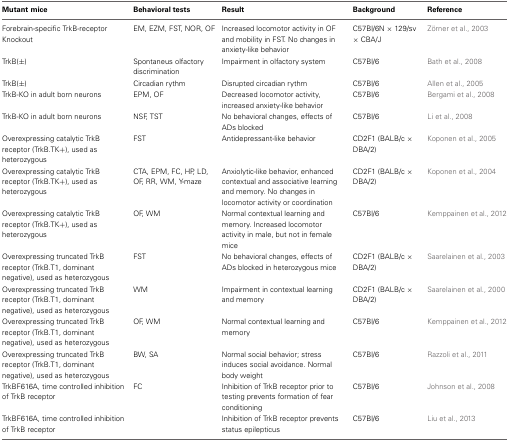
<table><thead><tr><td><b>Mutant mice</b></td><td><b>Behavioral tests</b></td><td><b>Result</b></td><td><b>Background</b></td><td><b>Reference</b></td></tr></thead><tbody><tr><td>Forebrain-specific TrkB-receptor Knockout</td><td>EM, EZM, FST, NOR, OF</td><td>Increased locomotor activity in OF and mobility in FST. No changes in anxiety-like behavior</td><td>C57Bl/6N × 129/sv × CBA/J</td><td>Zörner et al., 2003</td></tr><tr><td>TrkB(±)</td><td>Spontaneus olfactory discrimination</td><td>Impairment in olfactory system</td><td>C57Bl/6</td><td>Bath et al., 2008</td></tr><tr><td>TrkB(±)</td><td>Circadian rythm</td><td>Disrupted circadian rythm</td><td>C57Bl/6</td><td>Allen et al., 2005</td></tr><tr><td>TrkB-KO in adult born neurons</td><td>EPM, OF</td><td>Decreased locomotor activity, increased anxiety-like behavior</td><td>C57Bl/6</td><td>Bergami et al., 2008</td></tr><tr><td>TrkB-KO in adult born neurons</td><td>NSF, TST</td><td>No behavioral changes, effects of ADs blocked</td><td>C57Bl/6</td><td>Li et al., 2008</td></tr><tr><td>Overexpressing catalytic TrkB receptor (TrkB.TK+), used as heterozygous</td><td>FST</td><td>Antidepressant-like behavior</td><td>CD2F1 (BALB/c × DBA/2)</td><td>Koponen et al., 2005</td></tr><tr><td>Overexpressing catalytic TrkB receptor (TrkB.TK+), used as heterozygous</td><td>CTA, EPM, FC, HP, LD, OF, RR, WM, Y-maze</td><td>Anxiolytic-like behavior, enhanced contextual and associative learning and memory. No changes in locomotor activity or coordination</td><td>CD2F1 (BALB/c × DBA/2)</td><td>Koponen et al., 2004</td></tr><tr><td>Overexpressing catalytic TrkB receptor (TrkB.TK+), used as heterozygous</td><td>OF, WM</td><td>Normal contextual learning and memory. Increased locomotor activity in male, but not in female mice</td><td>C57Bl/6</td><td>Kemppainen et al., 2012</td></tr><tr><td>Overexpressing truncated TrkB receptor (TrkB.T1, dominant negative), used as heterozygous</td><td>FST</td><td>No behavioral changes, effects of ADs blocked in heterozygous mice</td><td>CD2F1 (BALB/c × DBA/2)</td><td>Saarelainen et al., 2003</td></tr><tr><td>Overexpressing truncated TrkB receptor (TrkB.T1, dominant negative), used as heterozygous</td><td>WM</td><td>Impairment in contextual learning and memory</td><td>CD2F1 (BALB/c × DBA/2)</td><td>Saarelainen et al., 2000</td></tr><tr><td>Overexpressing truncated TrkB receptor (TrkB.T1, dominant negative), used as heterozygous</td><td>OF, WM</td><td>Normal contextual learning and memory</td><td>C57Bl/6</td><td>Kemppainen et al., 2012</td></tr><tr><td>Overexpressing truncated TrkB receptor (TrkB.T1, dominant negative), used as heterozygous</td><td>BW, SA</td><td>Normal social behavior; stress induces social avoidance. Normal body weight</td><td>C57Bl/6</td><td>Razzoli et al., 2011</td></tr><tr><td>TrkBF616A, time controlled inhibition of TrkB receptor</td><td>FC</td><td>Inhibition of TrkB receptor prior to testing prevents formation of fear conditioning</td><td>C57Bl/6</td><td>Johnson et al., 2008</td></tr><tr><td>TrkBF616A, time controlled inhibition of TrkB receptor</td><td></td><td>Inhibition of TrkB receptor prevents status epilepticus</td><td>C57Bl/6</td><td>Liu et al., 2013</td></tr></tbody></table>